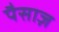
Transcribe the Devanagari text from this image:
पैसाज़